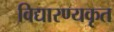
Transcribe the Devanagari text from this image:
विद्यारण्यकृत